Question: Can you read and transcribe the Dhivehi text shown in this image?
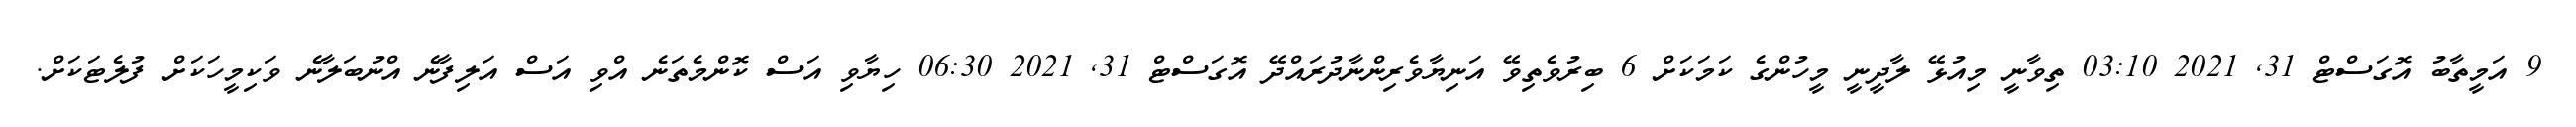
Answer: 9 އަމީތާބު އޮގަސްޓް 31, 2021 03:10 ތިވާނީ މިއުޅޭ ލާދީނީ މީހުންގެ ކަމަކަށް 6 ބިރުވެތިވޭ އަނިޔާވެރިންނާދުރައްދޭ އޮގަސްޓް 31, 2021 06:30 ހިޔާވި އަސް ކޮންމެތަނެ އްވި އަސް އަލިފާނެ އްނުބަލާނެ ވަކިމީހަކަށް ފުލެޓަކަށް.